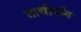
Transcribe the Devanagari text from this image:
ताचीयॉन